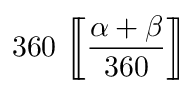
3 6 0 \, \left[ \! \! \left[ { \frac { \alpha + \beta } { 3 6 0 } } \right] \! \! \right] \quad \quad